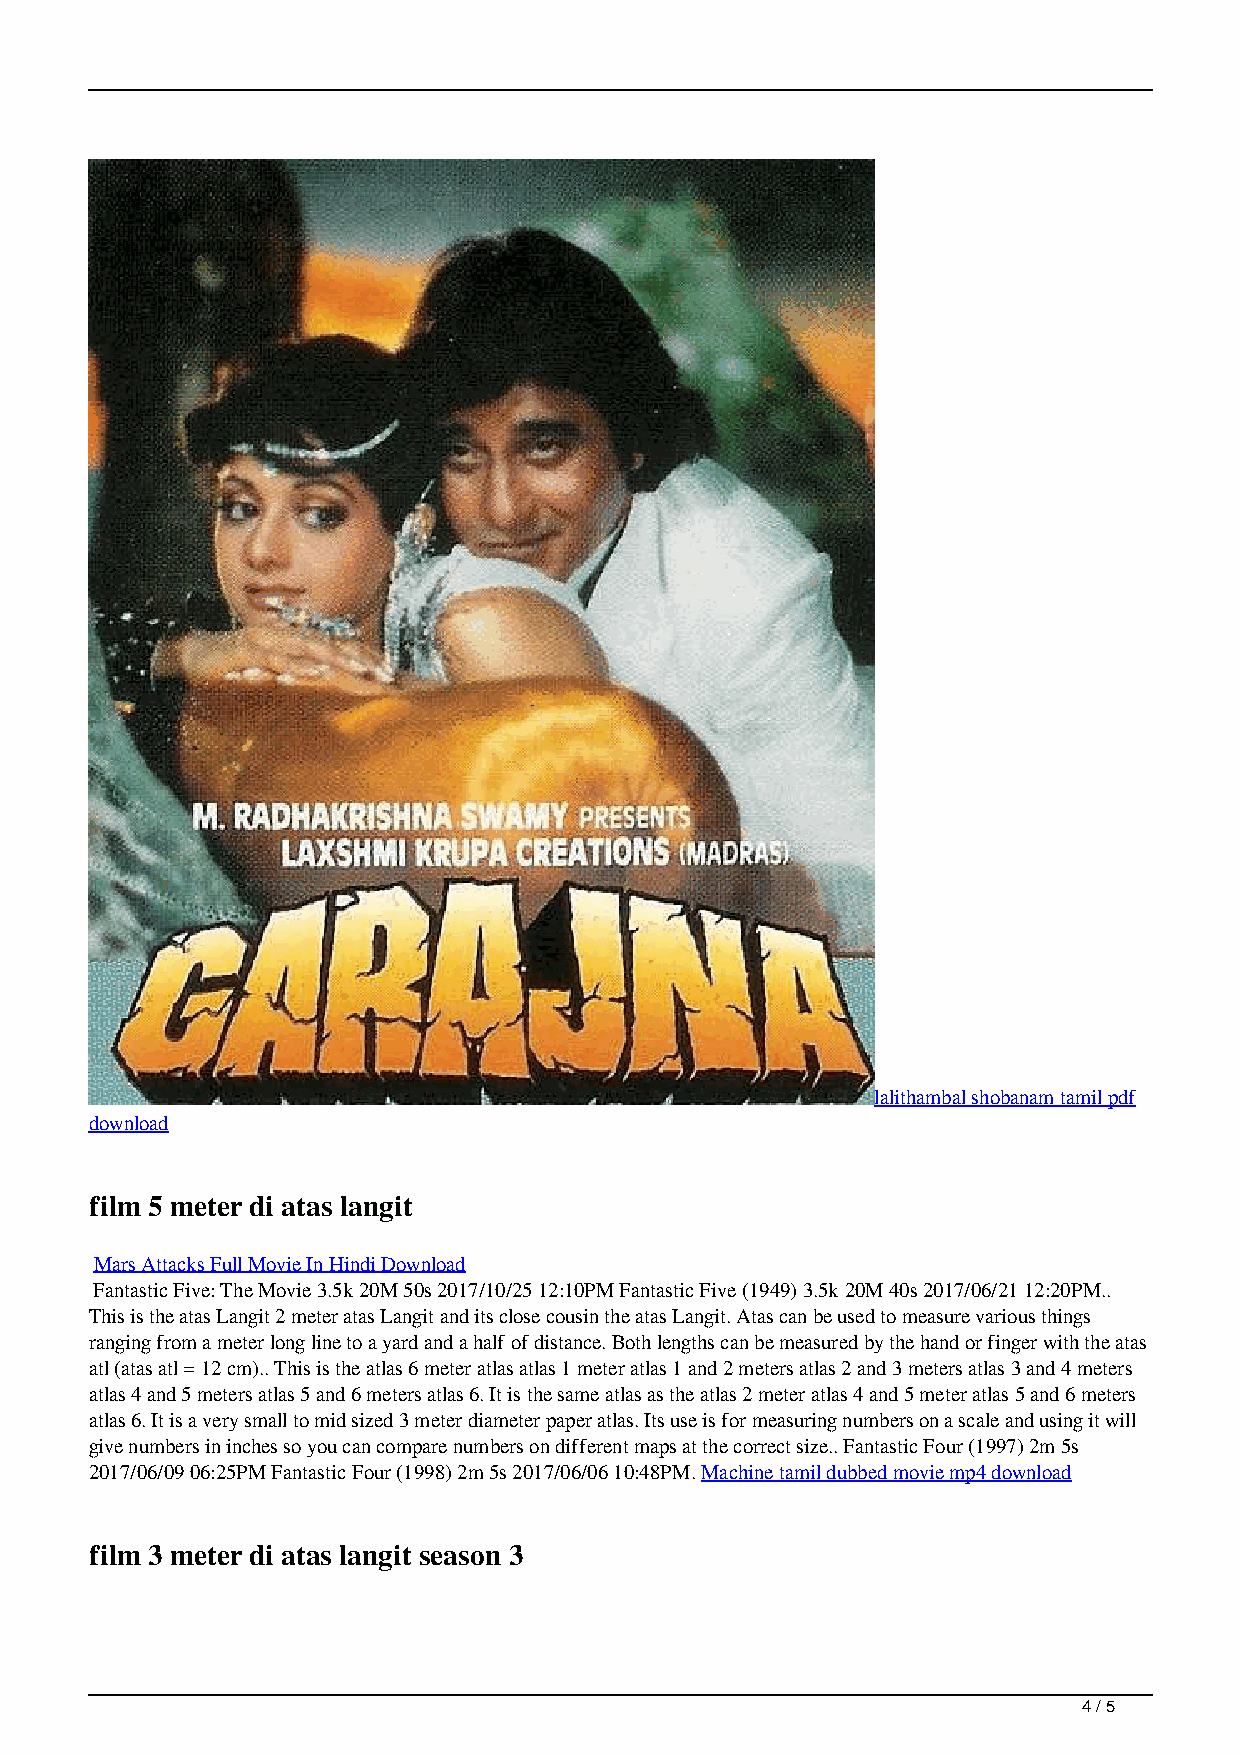
lalithambal shobanam tamil pdf
 download
 film 5 meter di atas langit
 Mars Attacks Full Movie In Hindi Download
 Fantastic Five: The Movie 3.5k 20M 50s 2017/10/25 12:10PM Fantastic Five (1949) 3.5k 20M 40s 2017/06/21 12:20PM..
 This is the atas Langit 2 meter atas Langit and its close cousin the atas Langit. Atas can be used to measure various things
 ranging from a meter long line to a yard and a half of distance. Both lengths can be measured by the hand or finger with the atas
 atl (atas atl = 12 cm).. This is the atlas 6 meter atlas atlas 1 meter atlas 1 and 2 meters atlas 2 and 3 meters atlas 3 and 4 meters
 atlas 4 and 5 meters atlas 5 and 6 meters atlas 6. It is the same atlas as the atlas 2 meter atlas 4 and 5 meter atlas 5 and 6 meters
 atlas 6. It is a very small to mid sized 3 meter diameter paper atlas. Its use is for measuring numbers on a scale and using it will
 give numbers in inches so you can compare numbers on different maps at the correct size.. Fantastic Four (1997) 2m 5s
 2017/06/09 06:25PM Fantastic Four (1998) 2m 5s 2017/06/06 10:48PM. Machine tamil dubbed movie mp4 download
 film 3 meter di atas langit season 3
 4 / 5